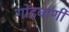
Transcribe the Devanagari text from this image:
गोंडवाणी